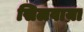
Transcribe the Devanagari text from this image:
सिलवाया